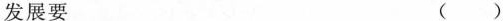
发展要 ( )